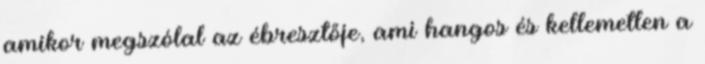
amikor megszólal az ébresztője, ami hangos és kellemetlen a